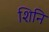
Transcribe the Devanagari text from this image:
शिनि